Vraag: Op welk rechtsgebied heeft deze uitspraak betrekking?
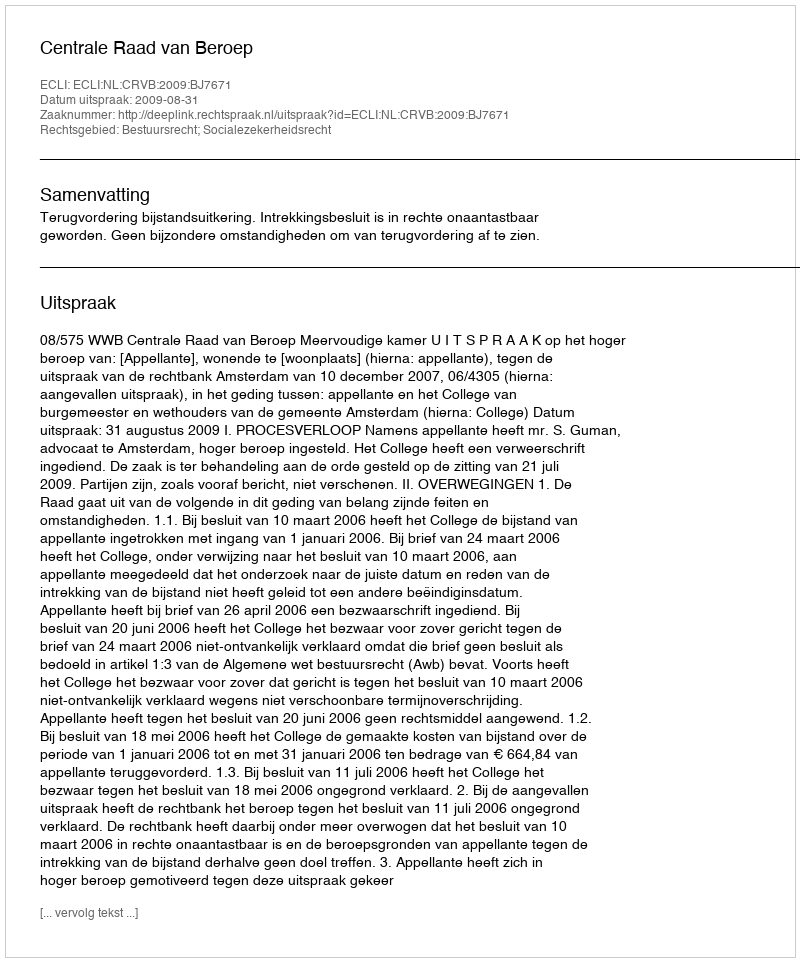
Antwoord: Bestuursrecht; Socialezekerheidsrecht